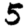
Digit: 5